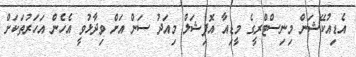
އެޑިއުކޭޝަން މިނިސްޓްރީގެ މީޑިއާ އޮފިޝަލް މިއަދު ސަން އަށް ވިދާޅުވީ އެހެން އަހަރުތަކަށް